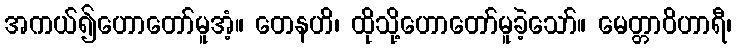
အကယ်၍ဟောတော်မူအံ့။ တေနဟိ၊ ထိုသို့ဟောတော်မူခဲ့သော်။ မေတ္တာဝိဟာရီ၊